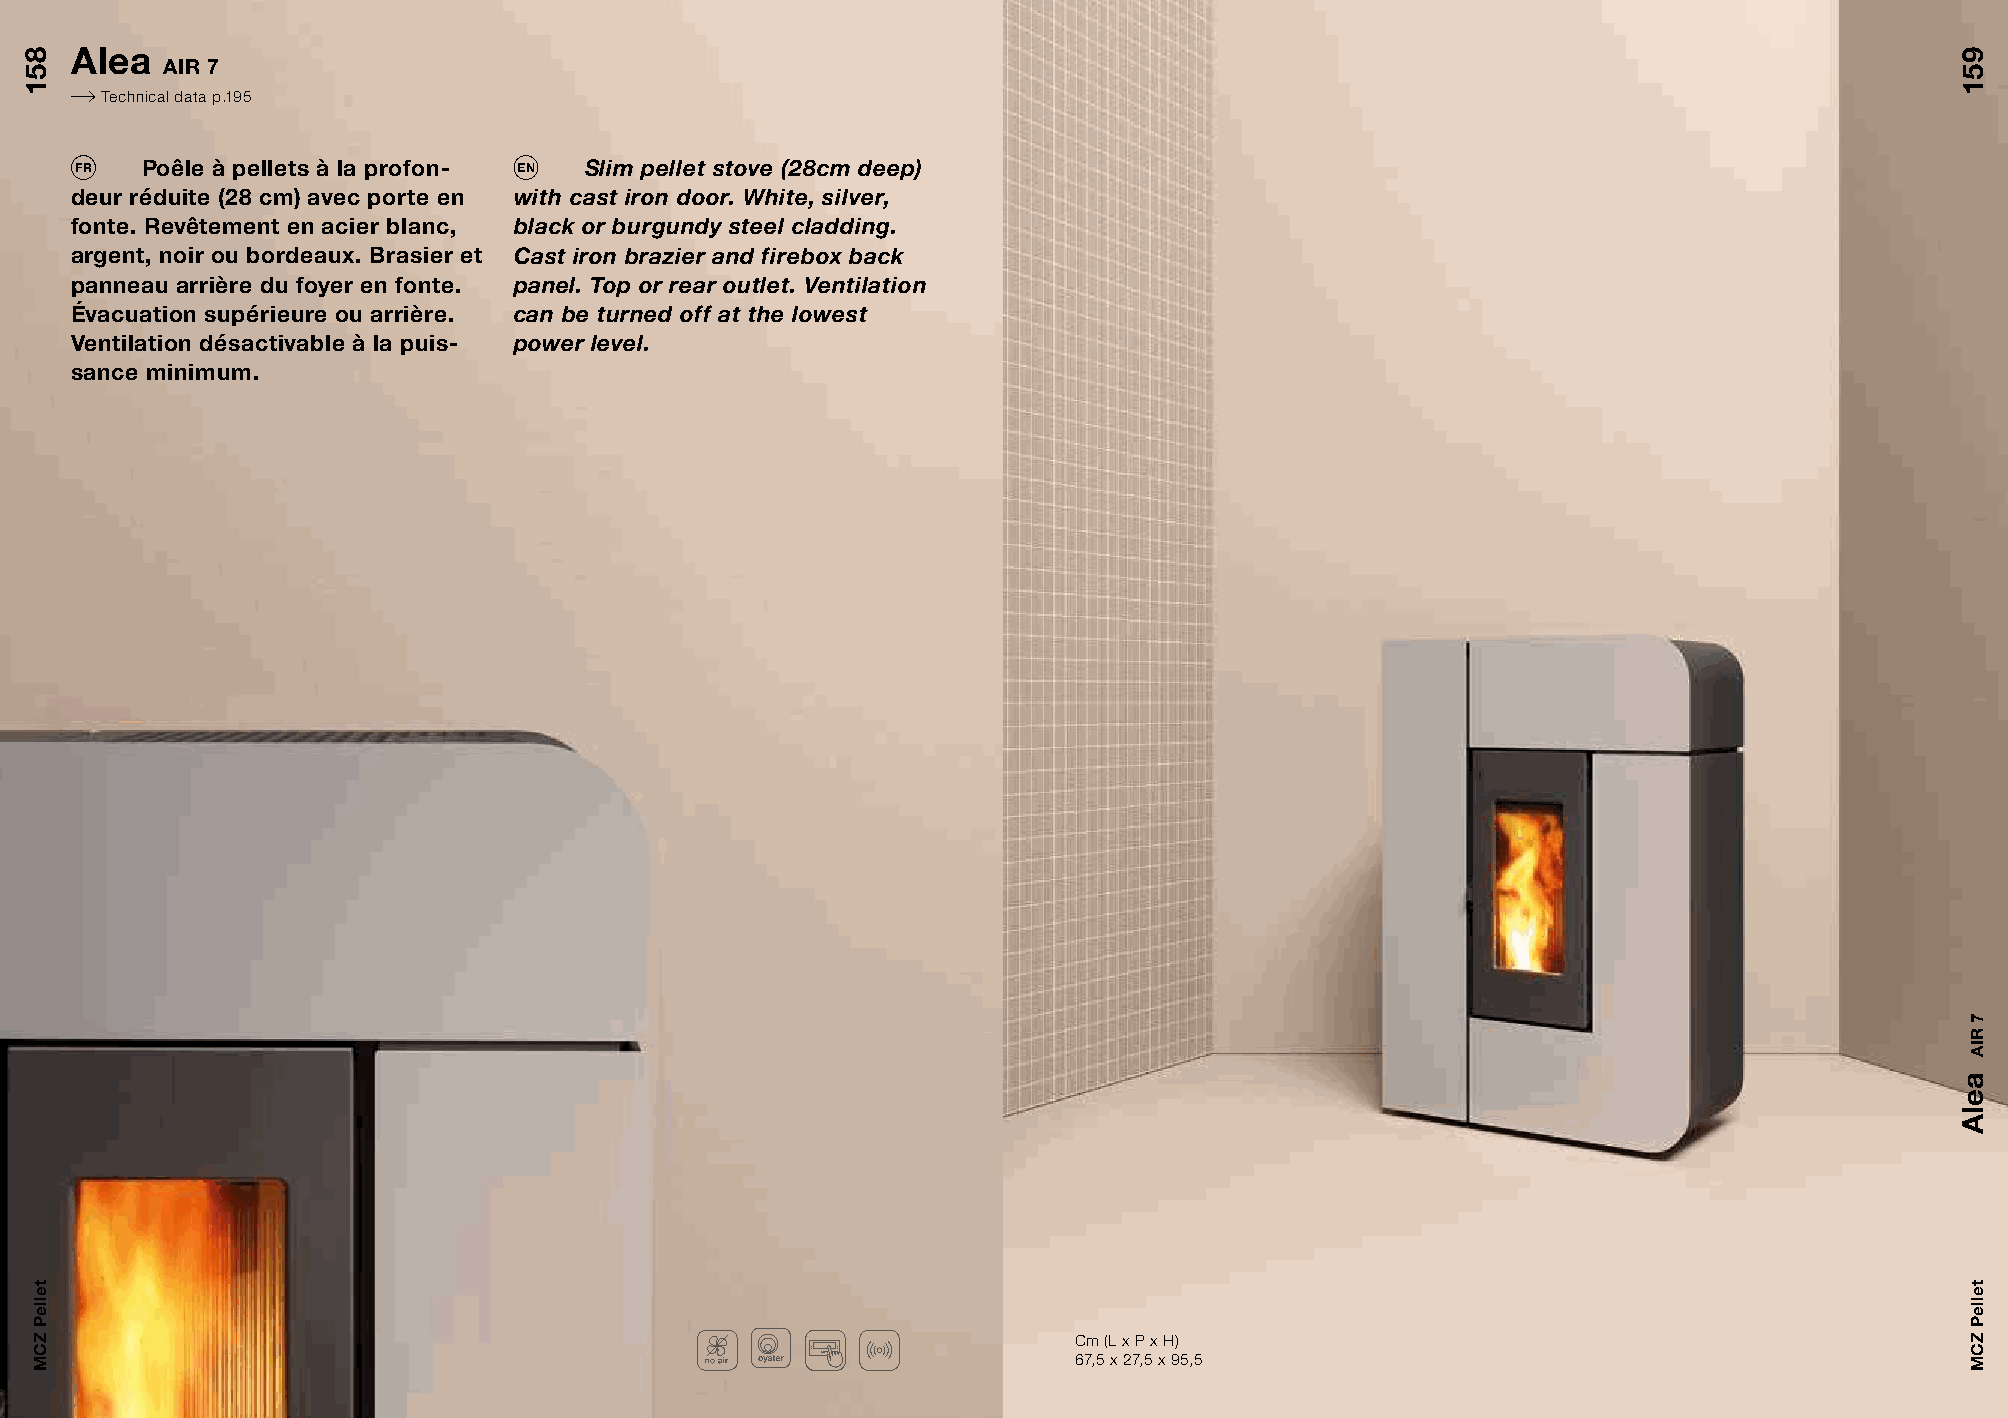
Alea
 AIR 7
 Technical data p.195
 FR  Poêle à pellets à la profon- EN Slim pellet stove (28cm deep)
 deur réduite (28 cm) avec porte en with cast iron door. White, silver,
 fonte. Revêtement en acier blanc, black or burgundy steel cladding.
 argent, noir ou bordeaux. Brasier et Cast iron brazier and firebox back
 panneau arrière du foyer en fonte. panel. Top or rear outlet. Ventilation
 Évacuation supérieure ou arrière. can be turned off at the lowest
 Ventilation désactivable à la puis- power level.
 sance minimum.
 Cm (L x P x H)
 67,5 x 27,5 x 95,5
 851
 telleP
 ZCM
 yaM
 6
 RIA
 951
 aelA
 7
 RIA
 telleP
 ZCM